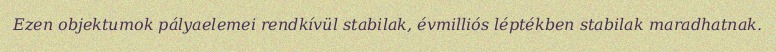
Ezen objektumok pályaelemei rendkívül stabilak, évmilliós léptékben stabilak maradhatnak.